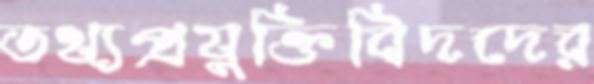
তথ্যপ্রযুক্তিবিদদের